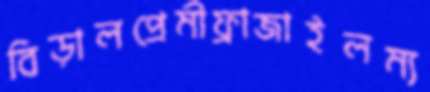
বিড়ালপ্রেমীফ্রাজাইলম্য